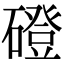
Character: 磴